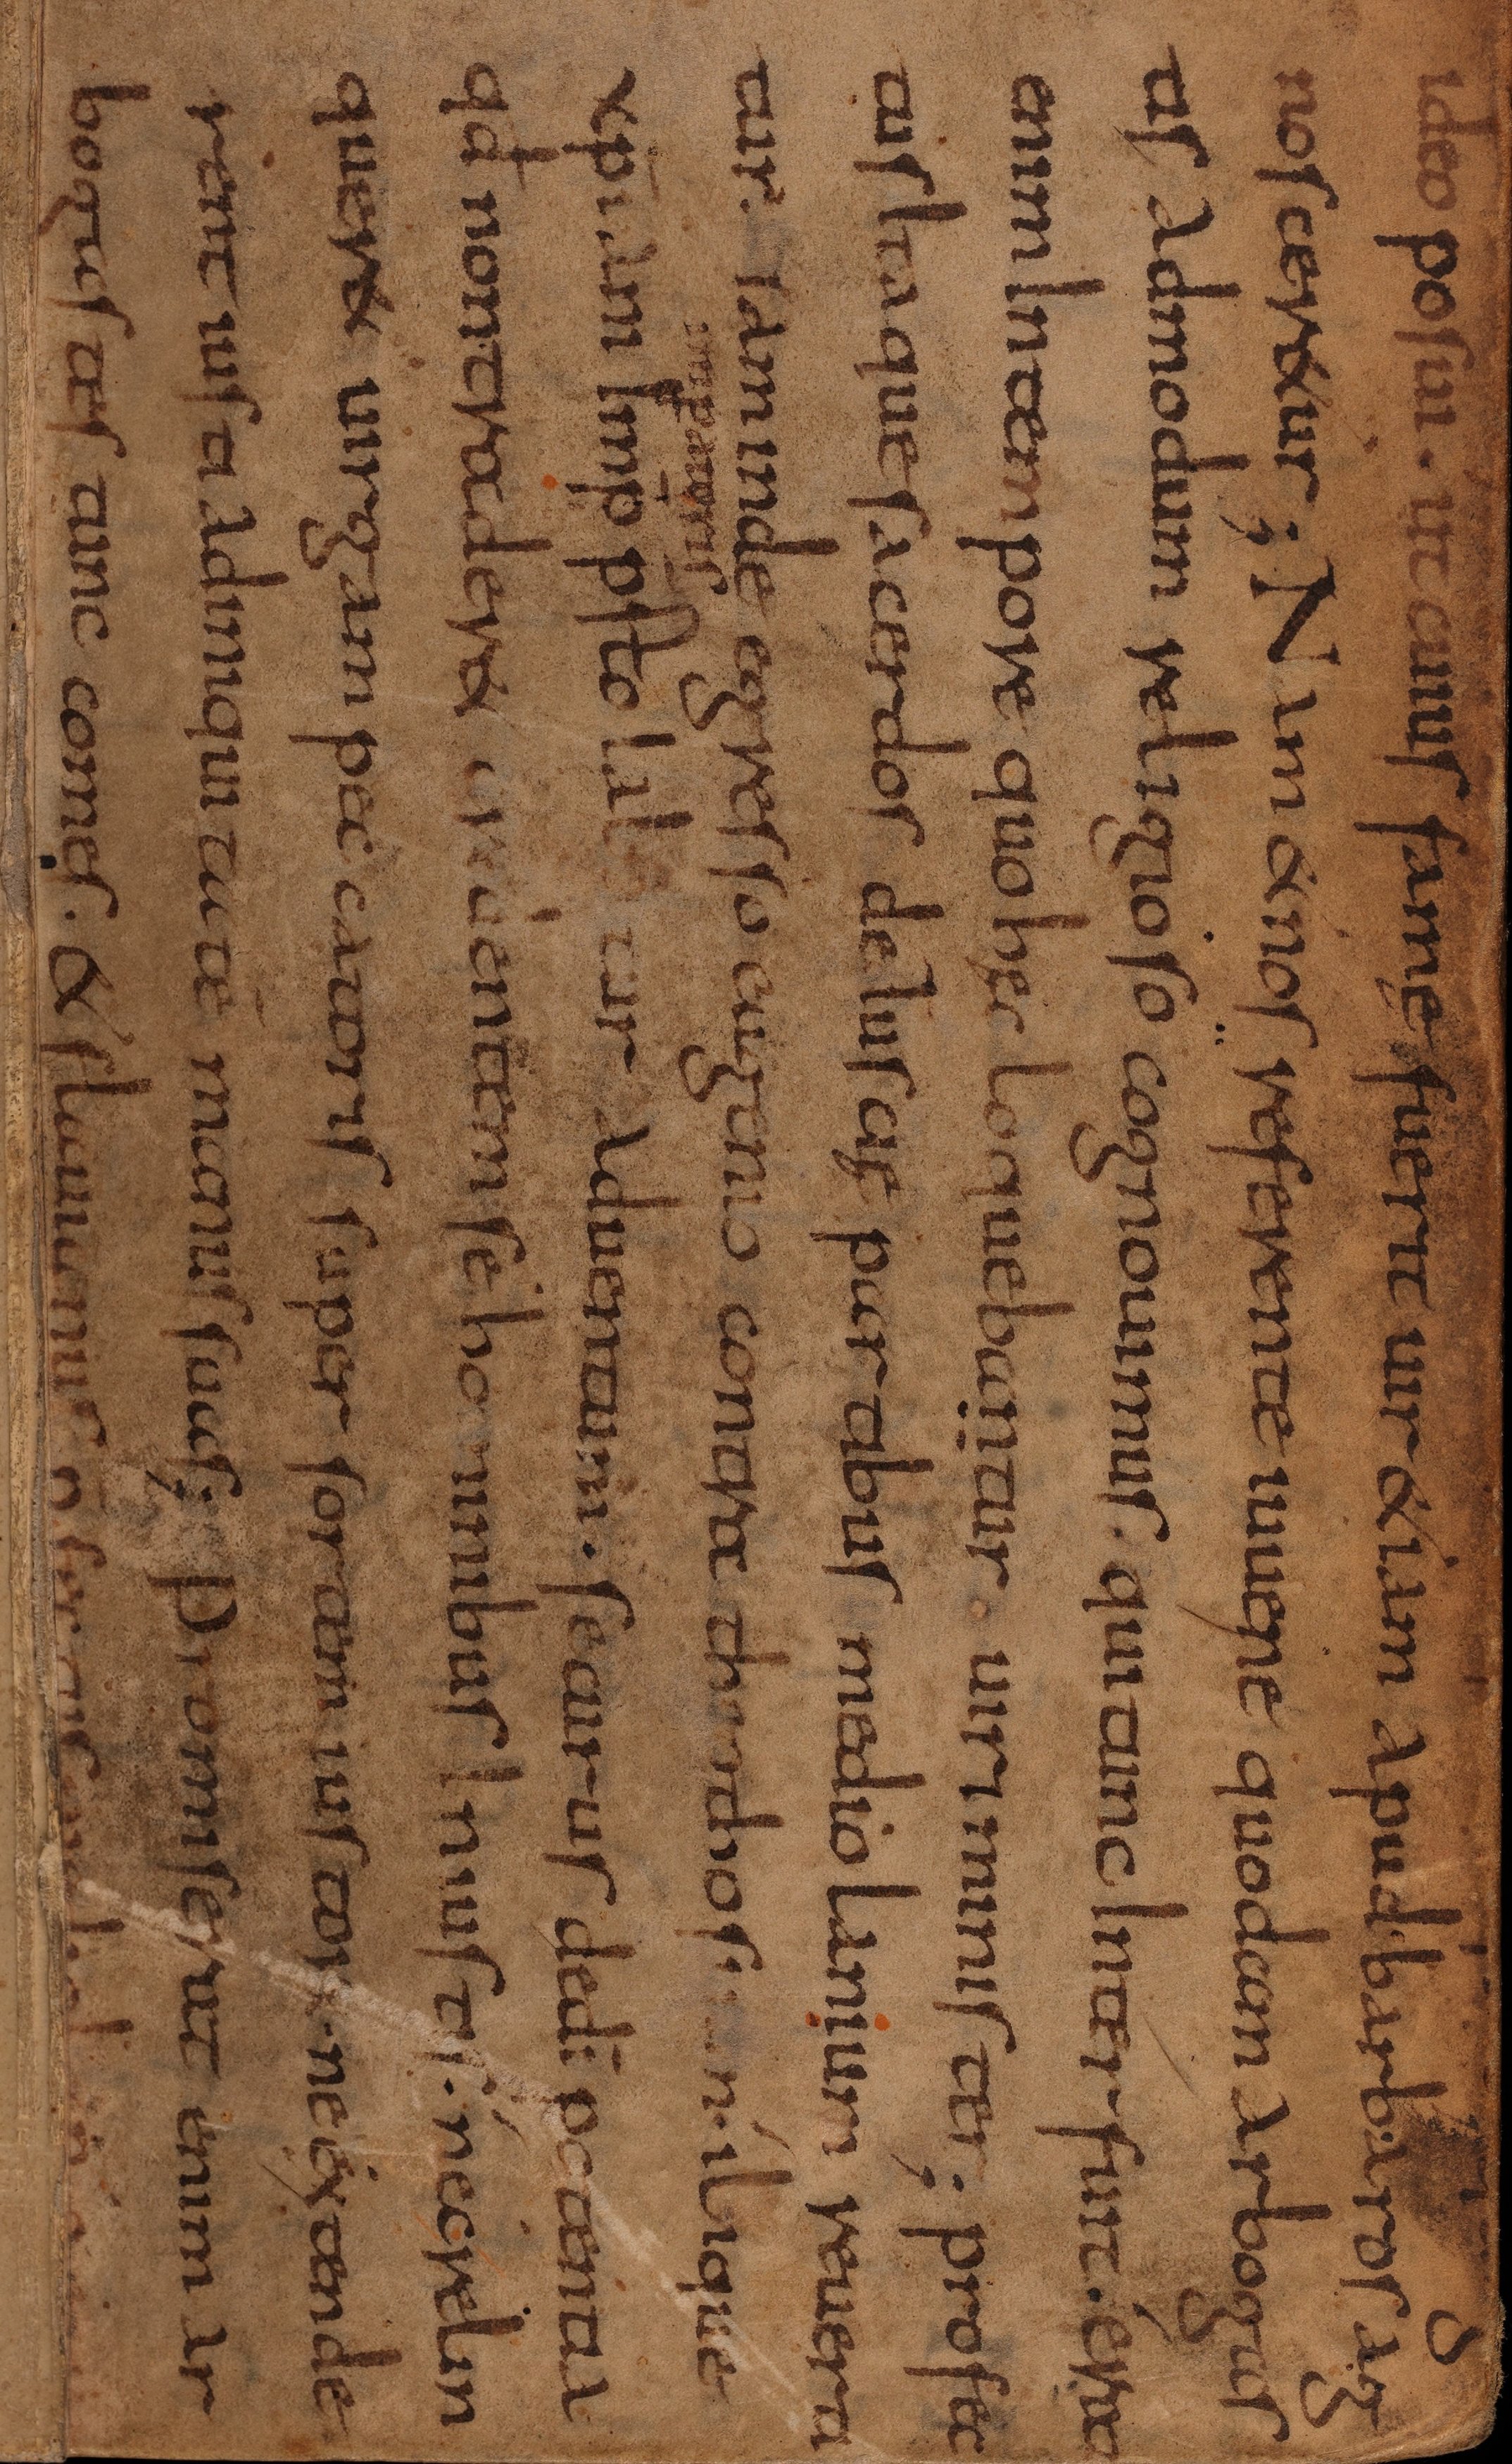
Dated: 820–853